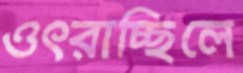
ওৎরাচ্ছিলে